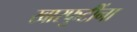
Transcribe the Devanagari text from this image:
खारफुटींना